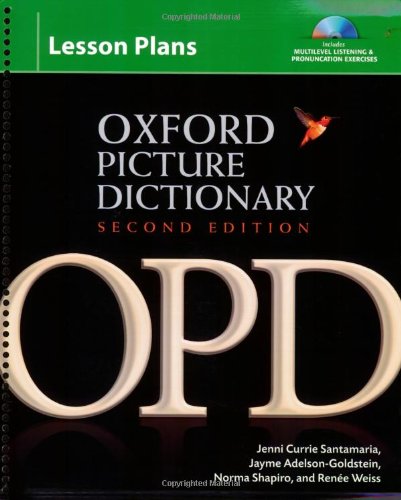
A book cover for Oxford Picture Dictionary Lesson Plans for Multilevel Listening & Pronunciation Exercises, 2nd Edition (Book & 3 Cds); Jenni Currie Santamaria; Politics & Social Sciences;